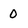
Character: 0